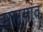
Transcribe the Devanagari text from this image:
मलगांव